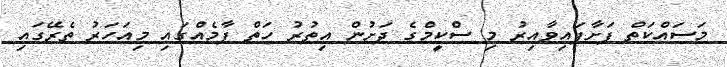
މަސައްކަތް ފަށާފައިވާއިރު މި ސްކީމްގެ ދަށުން އިތުރު ހަތް ފާމެއްގައި މިއަހަރު ތެރޭގައި